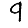
Digit: 9